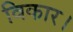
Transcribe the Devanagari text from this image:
विकार।